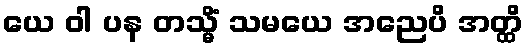
ယေ ဝါ ပန တသ္မိံ သမယေ အညေပိ အတ္ထိ